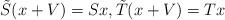
LaTeX: \begin{align*} \tilde{S}(x + V) = S x, \tilde{T}(x + V) = T x\end{align*}